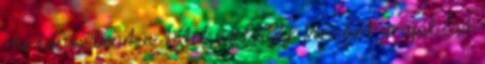
Ha nincs bent a tétel az ÉNGY-ben két árajánlat